Vaccination in Bombay 1869-1873 - 1869-1873
Year: 1869
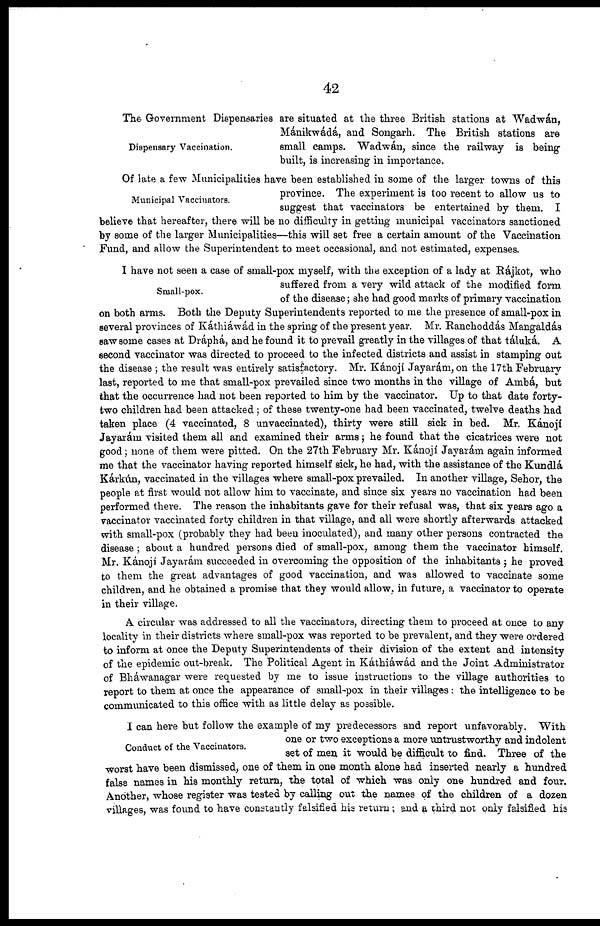
42
Dispensary Vaccination.
The Government Dispensaries are situated at the three British stations at Wadwán,
Mánikwádá, and Songarh. The British stations are
small camps. Wadwán, since the railway is being-
built, is increasing in importance.
Municipal Vaccinators.
Of late a few Municipalities have been established in some of the larger towns of this
province. The experiment is too recent to allow us to
suggest that vaccinators be entertained by them. I
believe that hereafter, there will be no difficulty in getting municipal vaccinators sanctioned
by some of the larger Municipalities—this will set free a certain amount of the Vaccination
Fund, and allow the Superintendent to meet occasional, and not estimated, expenses.
Small-pox.
I have not seen a case of small-pox myself, with the exception of a lady at Rájkot, who
suffered from a very wild attack of the modified form
of the disease; she had good marks of primary vaccination
on both arms. Both the Deputy Superintendents reported to me the presence of small-pox in
several provinces of Káthiáwád in the spring of the present year. Mr. Ranchoddás Mangaldás
saw some cases at Dráphá, and he found it to prevail greatly in the villages of that táluká. A
second vaccinator was directed to proceed to the infected districts and assist in stamping out
the disease ; the result was entirely satisfactory. Mr. Kánojí Jayarám, on the 17th February
last, reported to me that small-pox prevailed since two months in the village of Amibá, but
that the occurrence had not been reported to him by the vaccinator. Up to that date forty¬
two children had been attacked ; of these twenty-one had been vaccinated, twelve deaths had
taken place (4 vaccinated, 8 unvaccinated), thirty were still sick in bed. Mr. Kánojí
Jayarám visited them all and examined their arms ; he found that the cicatrices were not
good; none of them were pitted. On the 27th February Mr. Kánojí Jayarám again informed
me that the vaccinator having reported himself sick, he had, with the assistance of the Kundlá
Kárkún, vaccinated in the villages where small-pox prevailed. In another village, Sehor, the
people at first would not allow him to vaccinate, and since six years no vaccination had been
performed there. The reason the inhabitants gave for their refusal was, that six years ago a
vaccinator vaccinated forty children in that village, and all were shortly afterwards attacked
with small-pox (probably they had been inoculated), and many other persons contracted the
disease; about a hundred persons died of small-pox, among them the vaccinator himself.
Mr. Kánojí Jayarám succeeded in overcoming the opposition of the inhabitants ; he proved
to them the great advantages of good vaccination, and was allowed to vaccinate some
children, and he obtained a promise that they would allow, in future, a vaccinator to operate
in their village.
A circular was addressed to all the vaccinators, directing them to proceed at once to any
locality in their districts where small-pox was reported to be prevalent, and they were ordered
to inform at once the Deputy Superintendents of their division of the extent and intensity
of the epidemic out-break. The Political Agent in Káthiáwád and the Joint Administrator
of Bháwanagar were requested by me to issue instructions to the village authorities to
report to them at once the appearance of small-pox in their villages : the intelligence to be
communicated to this office with as little delay as possible.
Conduct of the Vaccinators.
I can here but follow the example of my predecessors and report unfavorably. With
one or two exceptions a more untrustworthy and indolent
set of men it would be difficult to find. Three of the
worst have been dismissed, one of them in one month alone had inserted nearly a hundred
false names in his monthly return, the total of which was only one hundred and four.
Another, whose register was tested by calling out the names of the children of a dozen
villages, was found to have constantly falsified his return ; and a third not only falsified his